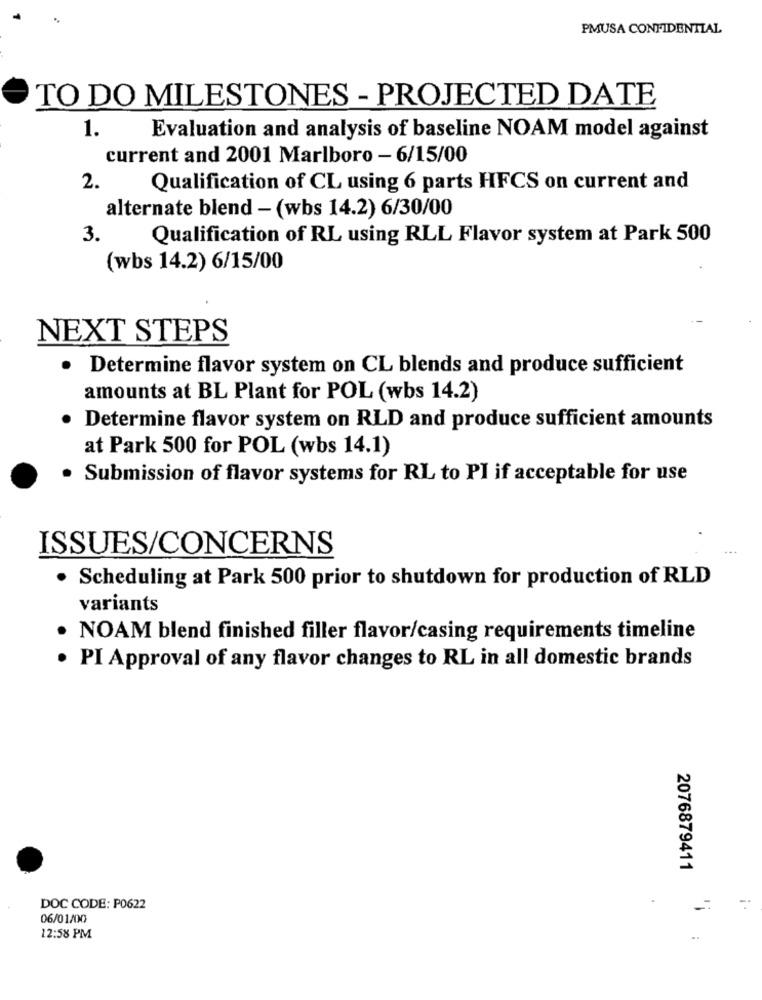
PMUSA CONFIDENTIAL
TO DO MILESTONES - PROJECTED DATE
1.
Evaluation and analysis of baseline NOAM model against
current and 2001 Marlboro - 6/15/00
2.
Qualification of CL using 6 parts HFCS on current and
alternate blend - (wbs 14.2) 6/30/00
3.
Qualification of RL using RLL Flavor system at Park 500
(wbs 14.2) 6/15/00
NEXT STEPS
.
Determine flavor system on CL blends and produce sufficient
amounts at BL Plant for POL (wbs 14.2)
Determine flavor system on RLD and produce sufficient amounts
at Park 500 for POL (wbs 14.1)
Submission of flavor systems for RL to PI if acceptable for use
ISSUES/CONCERNS
· Scheduling at Park 500 prior to shutdown for production of RLD
variants
NOAM blend finished filler flavor/casing requirements timeline
·PI Approval of any flavor changes to RL in all domestic brands
2076879411
-.
DOC CODE: P0622
06/01/00
12:58 PM
..